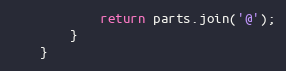
Language: JavaScript
            return parts.join('@');
        }
    }